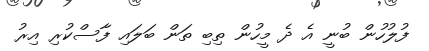
ފުލުހުން ބުނީ އެ ދެ މީހުން ތިބި ތަން ބަލައި ފާސްކުރި އިރު